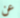
عن